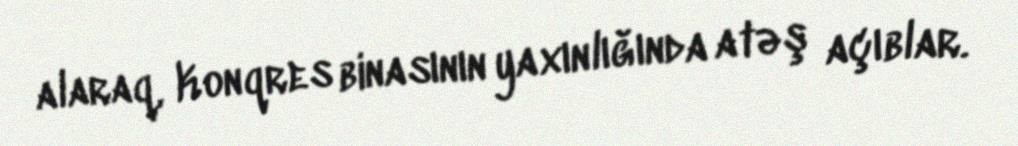
alaraq, Konqres binasının yaxınlığında atəş açıblar.